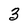
Character: 3